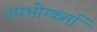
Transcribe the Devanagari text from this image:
उपभोग्कर्ता